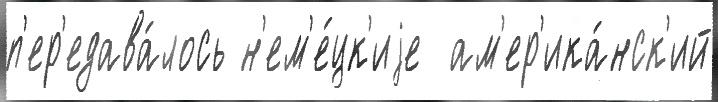
п'ер'едава́лось н'ем'е́цк'иjе  ам'ер'ика́нск'ий